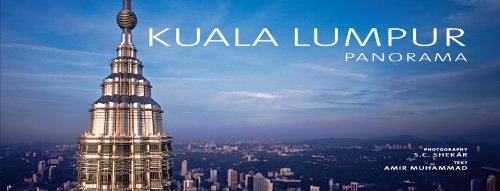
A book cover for Kuala Lumpur Panorama; S. C. Shekar; Travel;